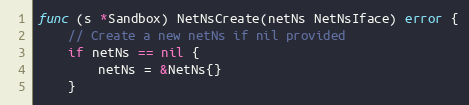
Language: Go
func (s *Sandbox) NetNsCreate(netNs NetNsIface) error {
	// Create a new netNs if nil provided
	if netNs == nil {
		netNs = &NetNs{}
	}